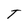
Character: T